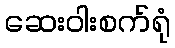
ဆေးဝါးစက်ရုံ